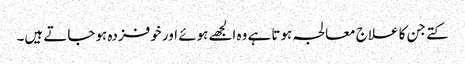
کتے جن کا علاج معالجہ ہوتا ہے وہ الجھے ہوئے اور خوفزدہ ہوجاتے ہیں۔